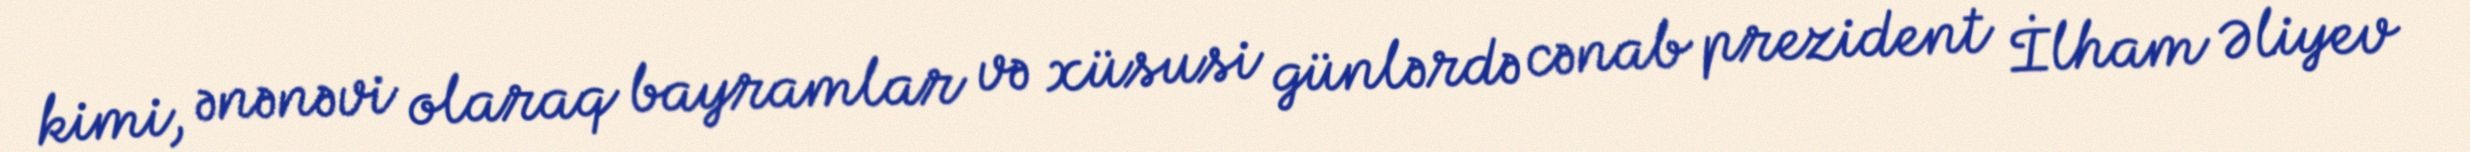
kimi, ənənəvi olaraq bayramlar və xüsusi günlərdə cənab prezident İlham Əliyev